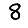
Digit: 8